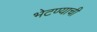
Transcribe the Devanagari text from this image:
भेटण्याची